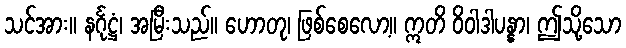
သင်အား။ နင်္ဂုဋ္ဌံ၊ အမြီးသည်။ ဟောတု၊ ဖြစ်စေလော့။ ဣတိ ဝိဝါဒါပန္နာ၊ ဤသို့သော